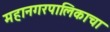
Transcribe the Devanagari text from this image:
महानगरपालिकाचा